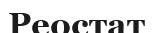
Реостат